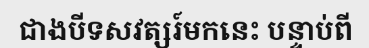
ជាងបីទសវត្សរ៍មកនេះ បន្ទាប់ពី